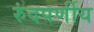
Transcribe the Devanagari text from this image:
रुंदपर्णीय